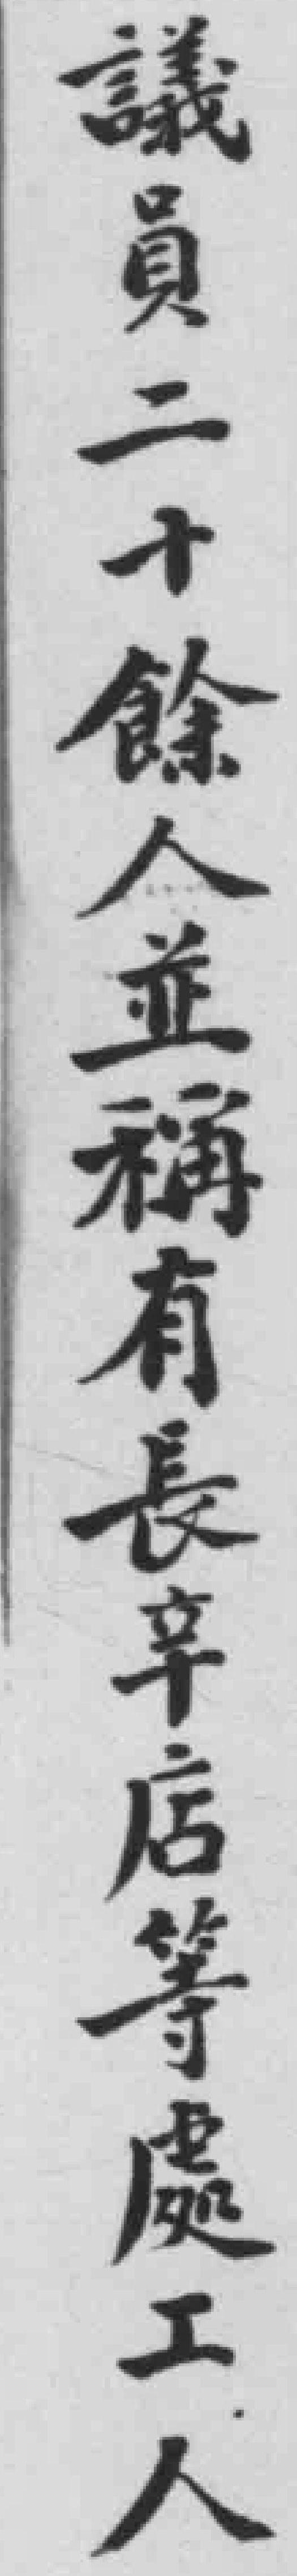
議員二十餘人並稱有長辛店等處工人